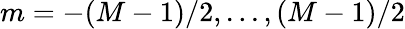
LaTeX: m=-(M-1)/2,...,(M-1)/2